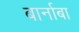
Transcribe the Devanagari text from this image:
बार्नाबा